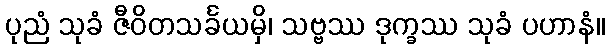
ပုညံ သုခံ ဇီဝိတသင်္ခယမှိ၊ သဗ္ဗဿ ဒုက္ခဿ သုခံ ပဟာနံ။